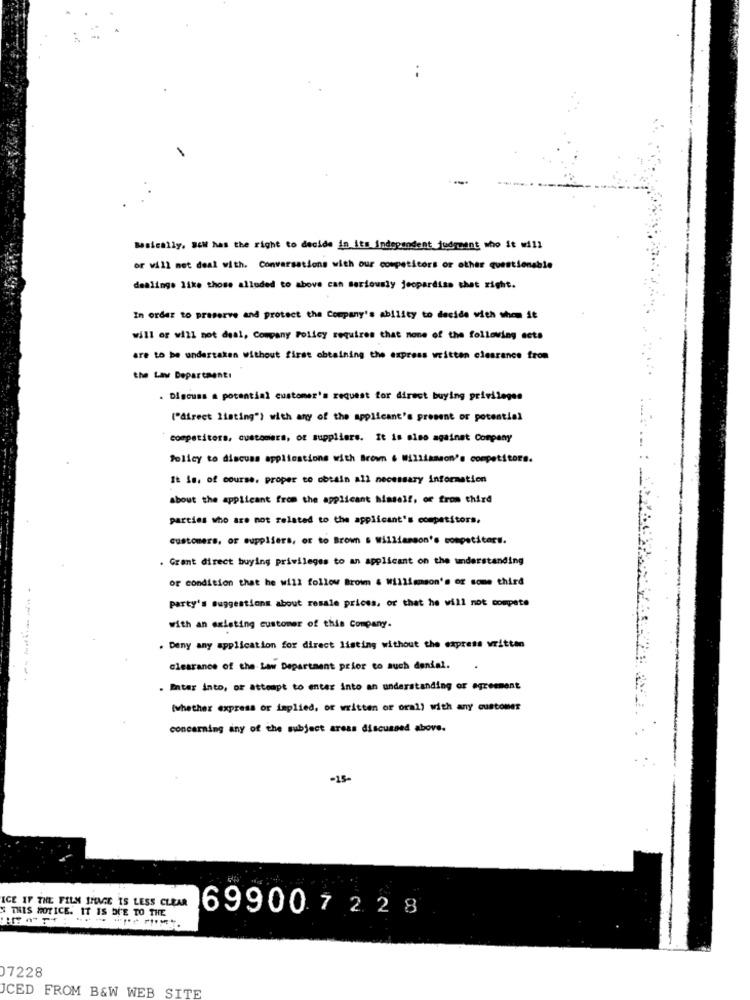
Basically, B6W has the right to decide in its independent judgment who it will
or will not deal with. Conversations with our competitors or other questionable
dealinge like those alluded to above can seriously jeopardisa chet right.
In order to preserve and protect the Company's ability to decide with whom it
will or will not deal, Company Policy requires that none of the following ects
are to be undertaken without first obtaining the express written clearance from
the Law Department:
. Discuss a potential customer's request for direct buying privileges
("direct listing"} with any of the applicant's present or potential
competitors, customers, or suppliers. It is also against Company
Policy to discuss applications with Brown 6 Williamson's competitors.
It is. of course, proper to obtain all necessary information
about the applicant from the applicant himself, or from third
parties who are not related to the applicant's competitors.
customers, or suppliers, or to Brown s williamson's competitors.
. Grant direct buying privileges to an applicant on the understanding
or condition that he will follow Brown & Williamson's or some third
party's suggestions about resale prices, or that he will not compete
with an existing customer of this Company.
. Deny any application for direct listing without the express written
clearance of the Law Department prior to auch denial.
.
--------
. Inter into, or attempt to enter into an understanding or agreement
(whether express or implied, or written or oral) with any customer
concerning any of the subject areas discussed above.
-15-
ICE IF THE FILM IMME IS LESS CLEAR
S THIS NOTICE. IT IS DUE TO THE
699007 2 28
07228
JCED FROM B&W WEB SITE